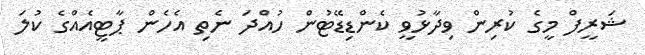
ޝަރީފް މީގެ ކުރިން ވިދާޅުވީ ކެންޑިޑޭޓުން ހުއްދަ ނެތި އެހެން ޕާޓީއެއްގެ ކުލަ